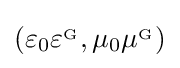
\left(\varepsilon _{0}\varepsilon ^{_{\mathrm {G} }},\mu _{0}\mu ^{_{\mathrm {G} }}\right)